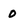
Character: 0